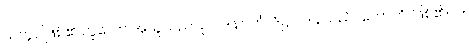
သတ္တဝါဖြစ်၏ ဟူသော အယူသည်။ ဥပါဒါနဂတံ၊ ဒိဋ္ဌုပါဒါန်သည်။ ဟောတိ၊ ဖြစ်၏။ ပ။